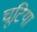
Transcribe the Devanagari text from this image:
चूटिया